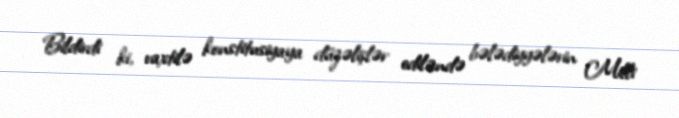
Bildirdi ki, vaxtilə konstitusiyaya düzəlişlər ediləndə bələdiyyələrin Milli